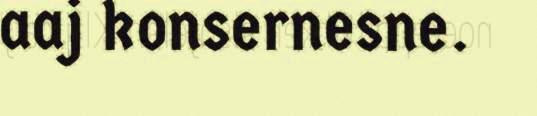
aaj konsernesne.